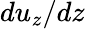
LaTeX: du_{z}/dz